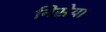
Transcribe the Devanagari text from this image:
निसेया